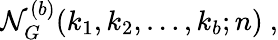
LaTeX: {\cal N}_{G}^{(b)}(k_{1},k_{2},\ldots,k_{b};n)\ ,